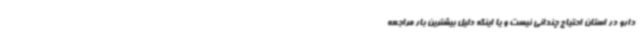
دارو در استان احتیاج چندانی نیست و یا اینکه دلیل بیشترین بار مراجعه